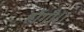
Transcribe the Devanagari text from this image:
होंगी।।